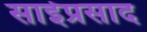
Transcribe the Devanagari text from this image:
साईप्रसाद